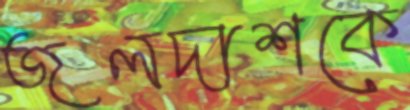
জলদাশকে